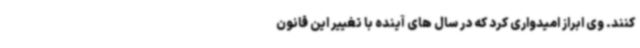
کنند. وی ابراز امیدواری کرد که در سال های آینده با تغییر این قانون